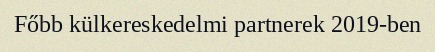
Főbb külkereskedelmi partnerek 2019-ben